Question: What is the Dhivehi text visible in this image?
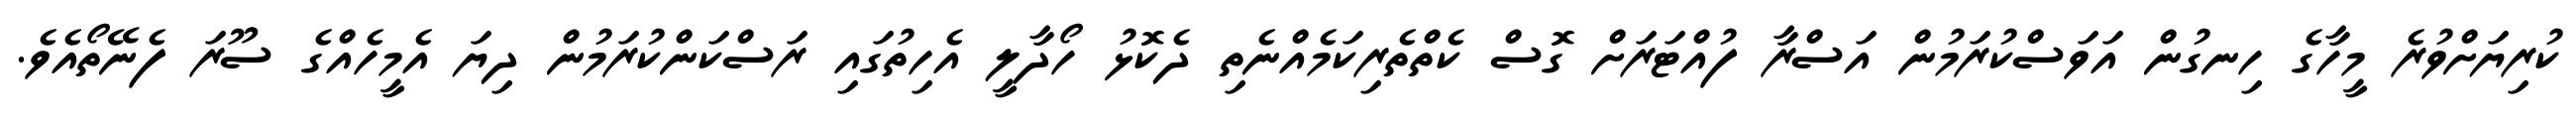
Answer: ކުރިޔަށްވުރެ މީހާގެ ހިނގުން އަވަސްކުރަމުން އަސްރާ ފުއްޓަރަށް ގޮސް ކެތްތެރިކަމެއްނެތި ދެކޮޅު ހޯދާލީ އެހިތުގައި ރަސްކަންކުރަމުން ދިޔަ އެމީހެއްގެ ސޫރަ ފެނޭތޯއެވެ.